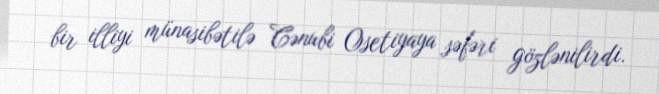
bir illiyi münasibətilə Cənubi Osetiyaya səfəri gözlənilirdi.